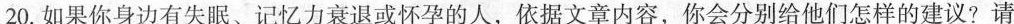
20.如果你身边有失眠、记忆力衰退或怀孕的人，依据文章内容，你会分别给他们怎样的建议?请